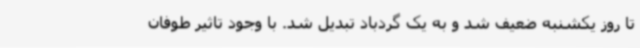
تا روز یکشنبه ضعیف شد و به یک گردباد تبدیل شد. با وجود تاثیر طوفان